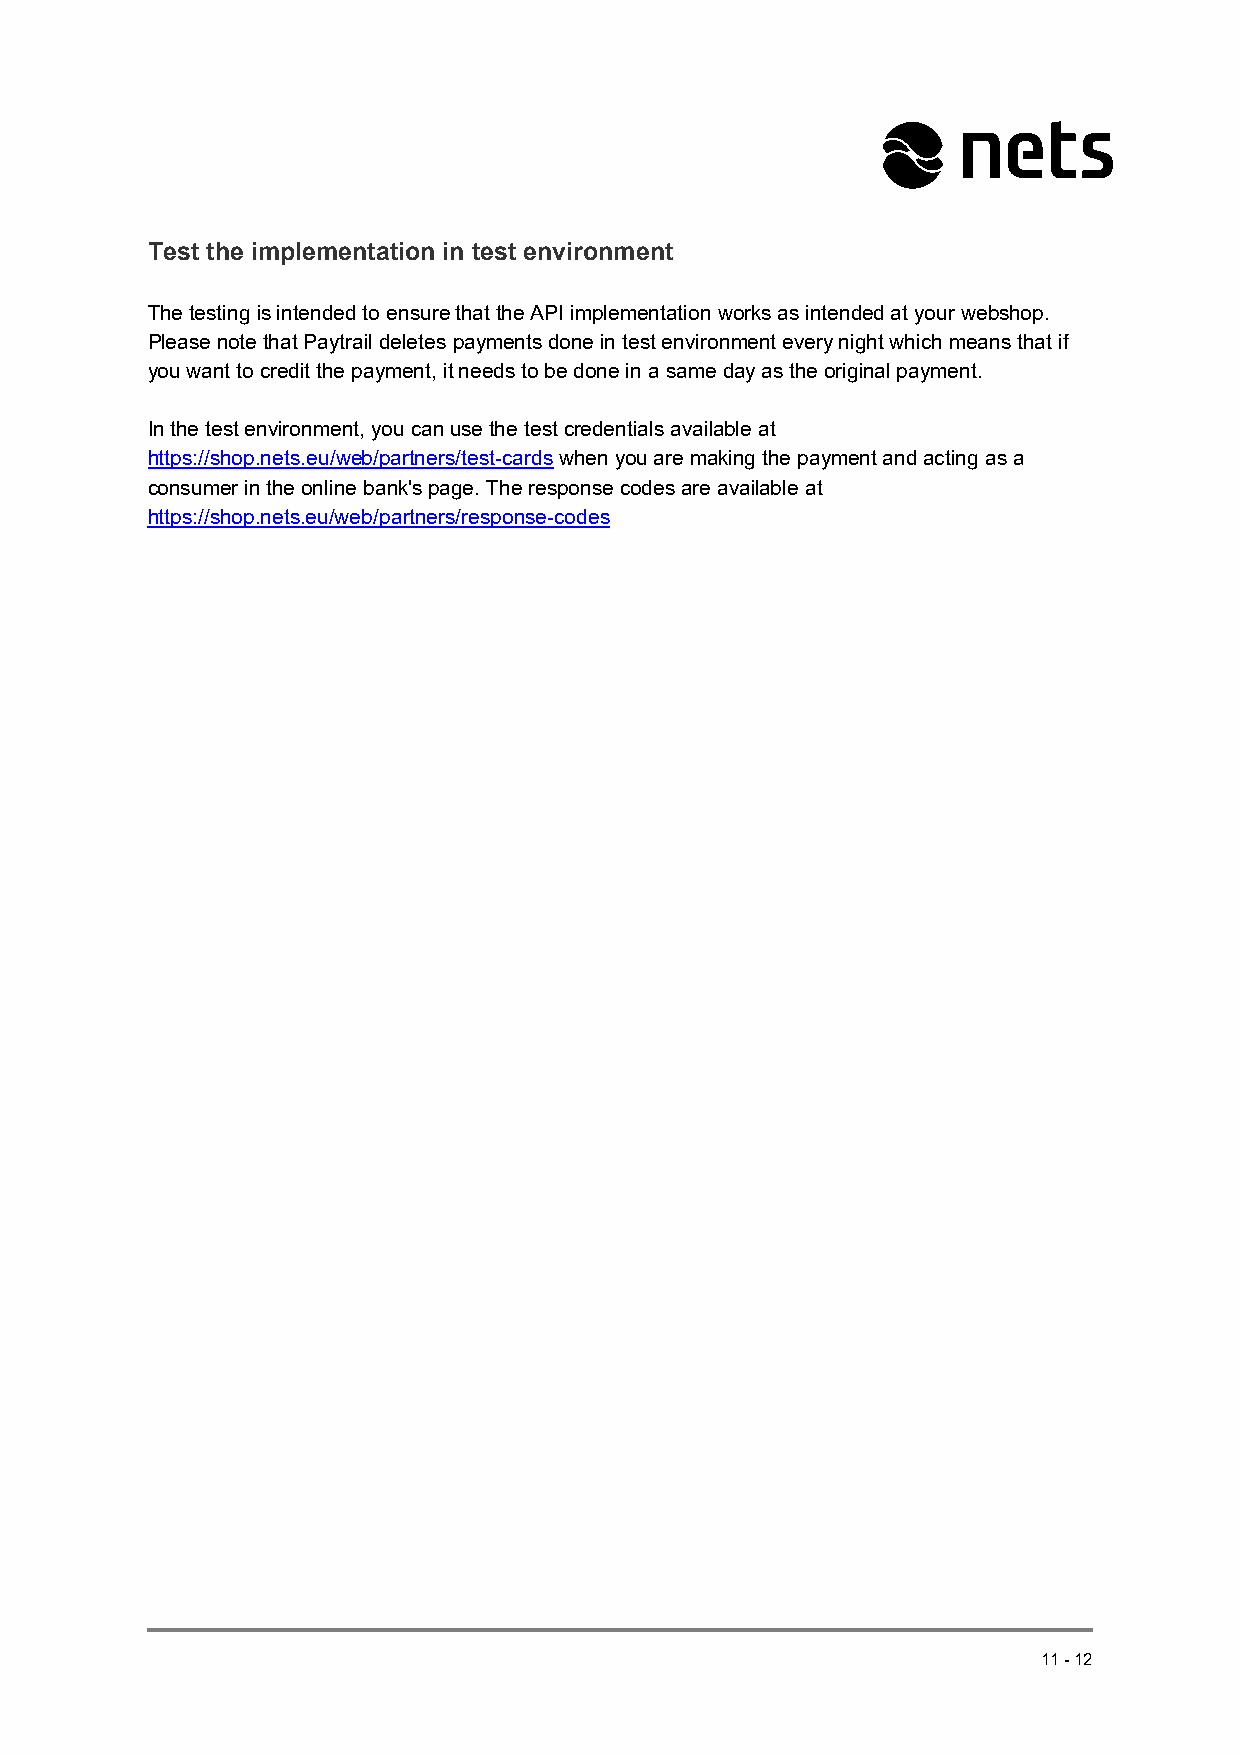
Test the implementation in test environment
 The testing is intended to ensure that the API implementation works as intended at your webshop.
 Please note that Paytrail deletes payments done in test environment every night which means that if
 you want to credit the payment, it needs to be done in a same day as the original payment.
 In the test environment, you can use the test credentials available at
 https://shop.nets.eu/web/partners/test-cards when you are making the payment and acting as a
 consumer in the online bank's page. The response codes are available at
 https://shop.nets.eu/web/partners/response-codes
 11-12